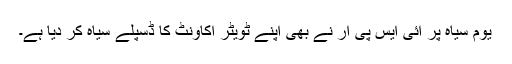
یوم سیاہ پر آئی ایس پی آر نے بھی اپنے ٹویٹر اکاونٹ کا ڈسپلے سیاہ کر دیا ہے۔